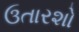
ઉતારશો